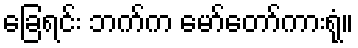
ခြေရင်း ဘက်က မော်တော်ကားရုံ။